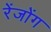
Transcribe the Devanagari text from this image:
रेंजोंग